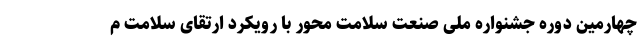
چهارمین دوره جشنواره ملی صنعت سلامت محور با رویکرد ارتقای سلامت م